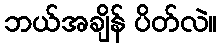
ဘယ်အချိန် ပိတ်လဲ။